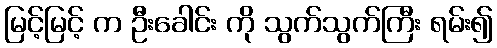
မြင့်မြင့် က ဦးခေါင်း ကို သွက်သွက်ကြီး ရမ်း၍